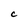
Character: C